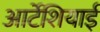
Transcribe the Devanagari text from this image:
आर्टेशियाई